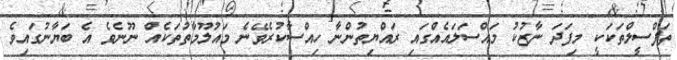
ތަފްސީލްތަކަކީ މިފަދަ ނާޒުކު މައްސަލައެއްގައި ރައްޔިތުންނާ ހިއްސާކުރެވޭނެ މައުލޫމާތުތަކެއް ނޫނެވެ އެ ބަޔާނުގައިވެ